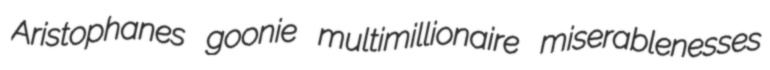
Aristophanes goonie multimillionaire miserablenesses